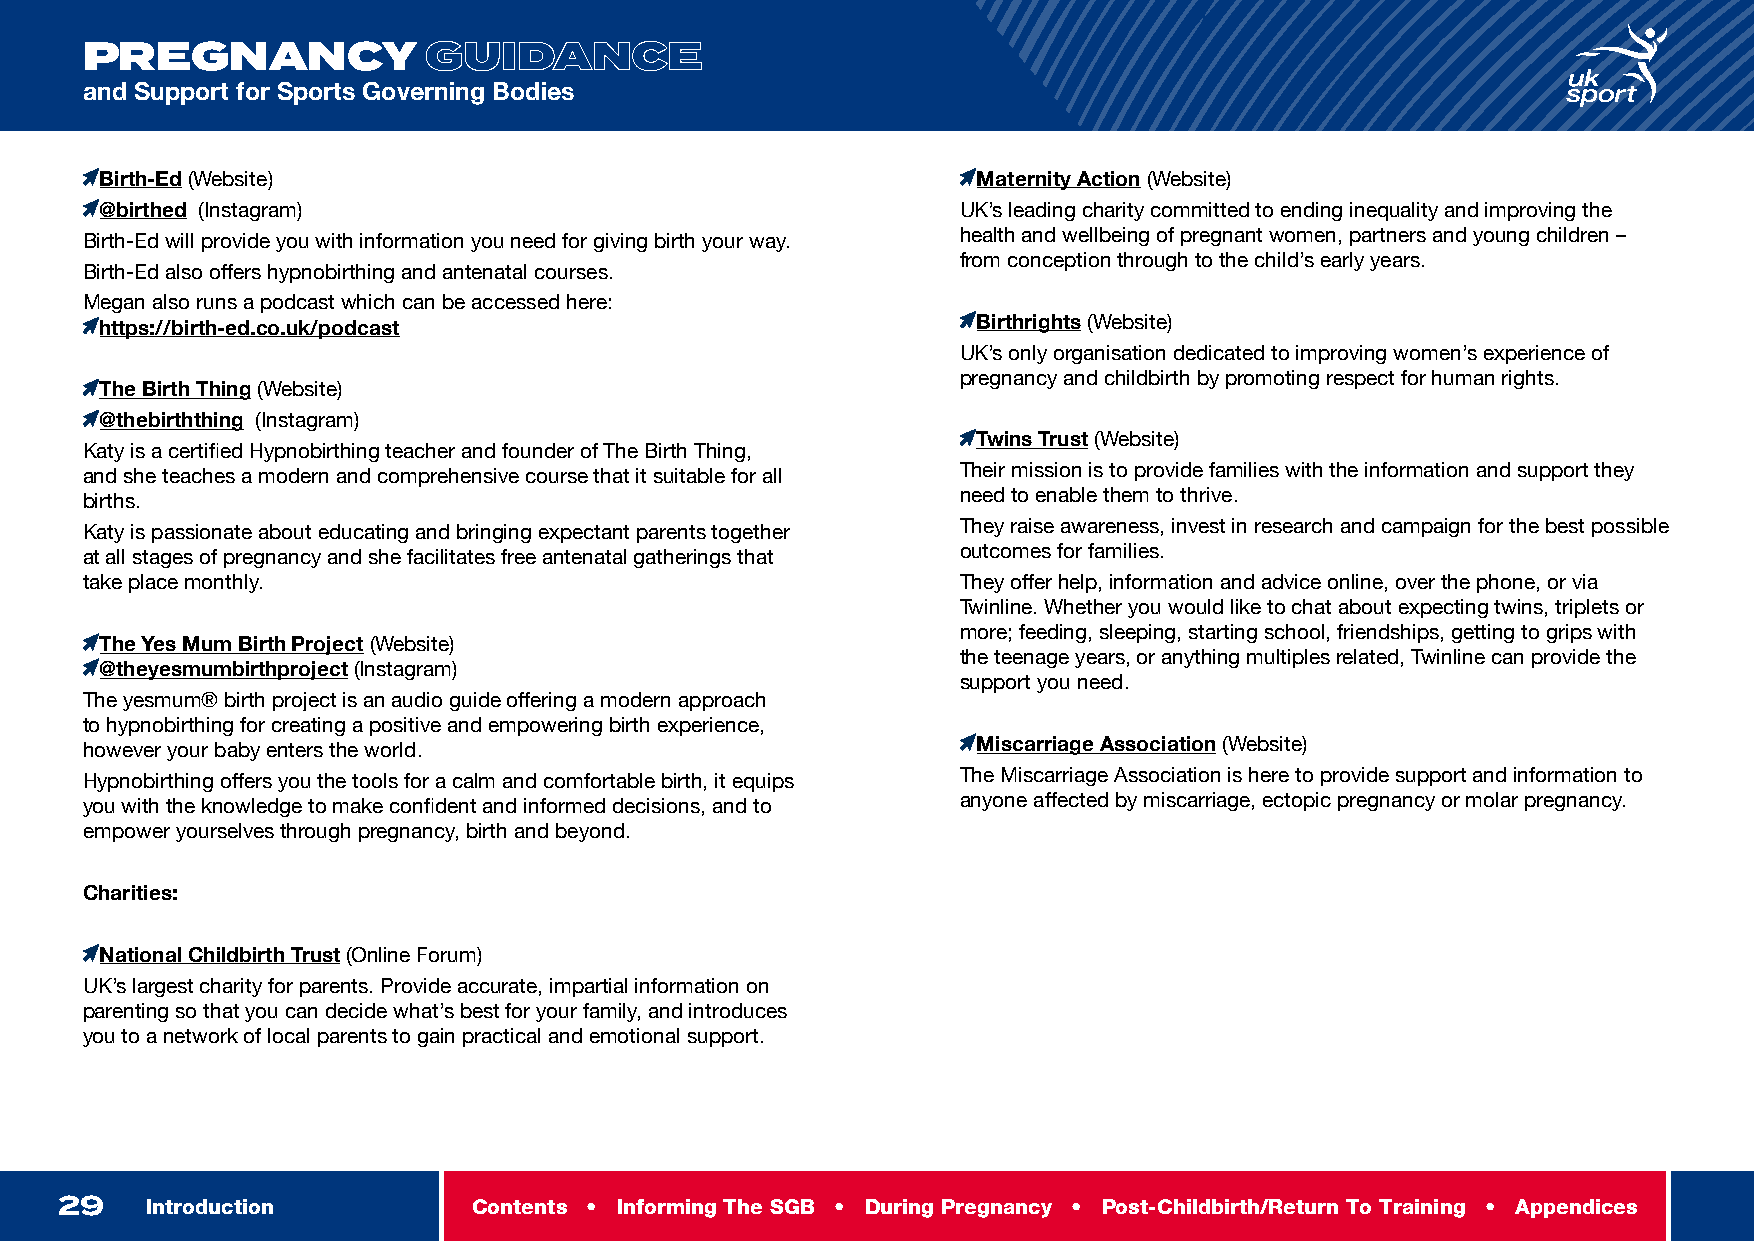
INTRODUCTION
 PREGNANCY              GUIDANCE
 and Support for Sports Governing Bodies
 Birth-Ed (Website)                                        Maternity Action (Website)
 @birthed (Instagram)                                     UK’s leading charity committed to ending inequality and improving the
 Birth-Ed will provide you with information you need for giving birth your way. health and wellbeing of pregnant women, partners and young children –
 from conception through to the child’s early years.
 Birth-Ed also offers hypnobirthing and antenatal courses.
 Megan also runs a podcast which can be accessed here:
 https://birth-ed.co.uk/podcast                            Birthrights (Website)
 UK’s only organisation dedicated to improving women’s experience of
 pregnancy and childbirth by promoting respect for human rights.
 The Birth Thing (Website)
 @thebirththing (Instagram)
 Twins Trust (Website)
 Katy is a certified Hypnobirthing teacher and founder of The Birth Thing,
 and she teaches a modern and comprehensive course that it suitable for all Their mission is to provide families with the information and support they
 births.                                                    need to enable them to thrive.
 Katy is passionate about educating and bringing expectant parents together They raise awareness, invest in research and campaign for the best possible
 at all stages of pregnancy and she facilitates free antenatal gatherings that outcomes for families.
 take place monthly.                                        They offer help, information and advice online, over the phone, or via
 Twinline. Whether you would like to chat about expecting twins, triplets or
 more; feeding, sleeping, starting school, friendships, getting to grips with
 The Yes Mum Birth Project (Website)
 the teenage years, or anything multiples related, Twinline can provide the
 @theyesmumbirthproject (Instagram)
 support you need.
 The yesmum®️ birth project is an audio guide offering a modern approach
 to hypnobirthing for creating a positive and empowering birth experience,
 however your baby enters the world.                         Miscarriage Association (Website)
 Hypnobirthing offers you the tools for a calm and comfortable birth, it equips The Miscarriage Association is here to provide support and information to
 you with the knowledge to make confident and informed decisions, and to anyone affected by miscarriage, ectopic pregnancy or molar pregnancy.
 empower yourselves through pregnancy, birth and beyond.
 Charities:
 National Childbirth Trust (Online Forum)
 UK’s largest charity for parents. Provide accurate, impartial information on
 parenting so that you can decide what’s best for your family, and introduces
 you to a network of local parents to gain practical and emotional support.
 29    Introduction         Contents • Informing The SGB • During Pregnancy • Post-Childbirth/Return To Training • Appendices